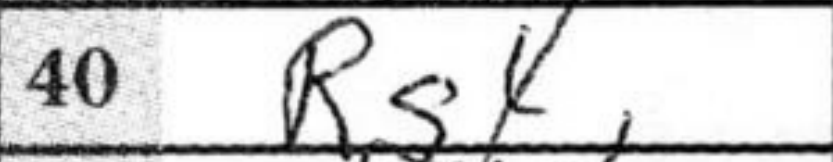
Transcription: Rg4